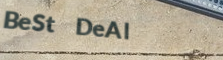
BeSt DeAl